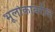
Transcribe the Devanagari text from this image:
भूलोकावरील